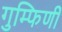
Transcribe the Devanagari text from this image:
गुम्फिणी